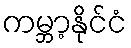
ကမ္ဘာ့နိုင်ငံ